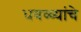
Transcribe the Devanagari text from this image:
धवळ्यांचे